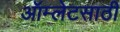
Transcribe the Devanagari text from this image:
ऑम्लेटसाठी